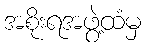
အစိုးရအဖွဲ့ထံမှ